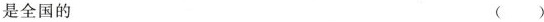
是全国的 ()